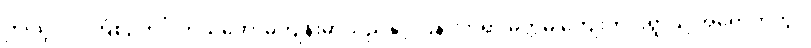
ဤသို့လုပ်ကြံစဉ်တွင် ကိုယ်တော်မကျန်းမာသည်နှင့် ပြန် လာရာ မုတ္တမ ကျေးကင်းရွာသို့ အရောက်တွင်